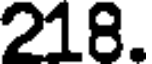
218.